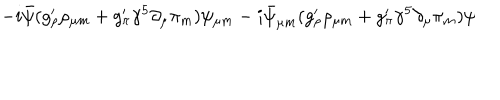
LaTeX: - i \bar { \psi } ( g _ { \rho } ^ { \prime } \rho _ { \mu m } + g _ { \pi } ^ { \prime } { \gamma ^ { 5 } } \partial _ { \mu } \pi _ { m } ) \psi _ { \mu m } - i \bar { \psi } _ { \mu m } ( g _ { \rho } ^ { \prime } \rho _ { \mu m } + g _ { \pi } ^ { \prime } { \gamma ^ { 5 } } \partial _ { \mu } \pi _ { m } ) \psi